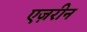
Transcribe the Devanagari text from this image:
एज़रीन